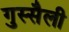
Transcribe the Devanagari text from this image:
गुस्सैली